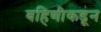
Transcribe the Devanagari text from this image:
बहिणीकडून